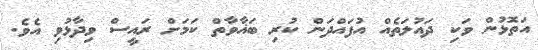
އަތޮޅުން ވަކި ދައުލަތެއް އުފައްދަން ކުރި ބަޣާވާތް ކަމަށް ރައީސް ވިދާޅުވި އެވެ.